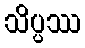
သိပ္ပဿ